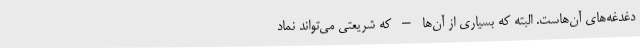
دغدغه‌های آن‌هاست. البته که بسیاری از آن‌ها – که شریعتی می‌تواند نماد